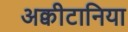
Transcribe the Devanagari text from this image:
अक्वीटानिया